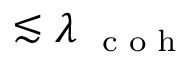
\lesssim \lambda { _ { \mathrm { ~ \scriptsize ~ c ~ o ~ h ~ } } }